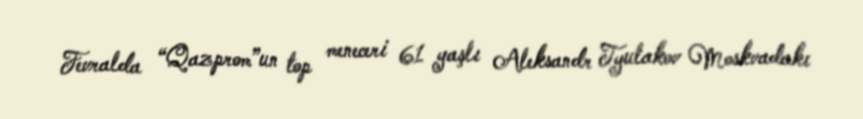
Fevralda “Qazprom”un top meneceri 61 yaşlı Aleksandr Tyulakov Moskvadakı